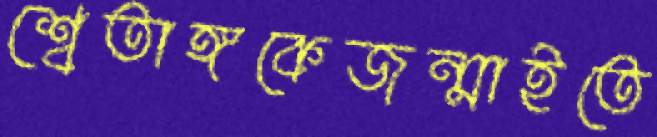
শ্বেতাঙ্গকেজন্মাইতে